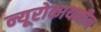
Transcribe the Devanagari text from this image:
न्यूरोकायनीन